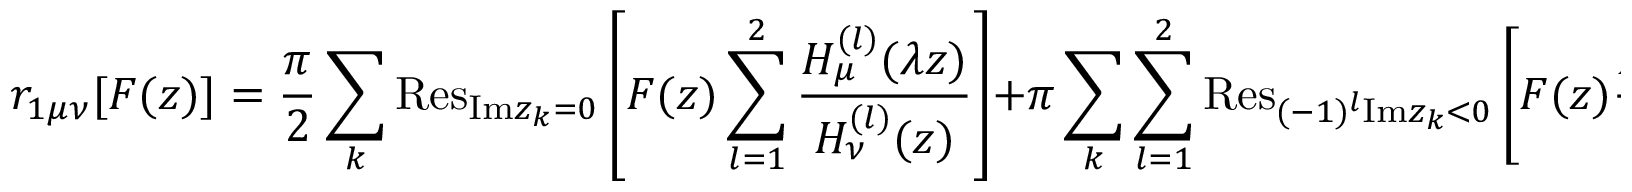
r _ { 1 \mu \nu } [ F ( z ) ] = \frac { \pi } { 2 } \sum _ { k } { \mathrm { R e s } } _ { { \mathrm { I m } } z _ { k } = 0 } \left[ F ( z ) \sum _ { l = 1 } ^ { 2 } \frac { H _ { \mu } ^ { ( l ) } ( \lambda z ) } { H _ { \nu } ^ { ( l ) } ( z ) } \right] + \pi \sum _ { k } \sum _ { l = 1 } ^ { 2 } { \mathrm { R e s } } _ { ( - 1 ) ^ { l } { \mathrm { I m } } z _ { k } < 0 } \left[ F ( z ) \frac { H _ { \mu } ^ { ( l ) } ( \lambda z ) } { H _ { \nu } ^ { ( l ) } ( z ) } \right] .